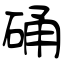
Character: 硧